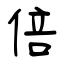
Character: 倍